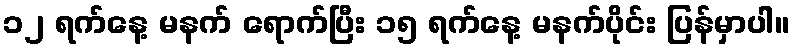
၁၂ ရက်နေ့ မနက် ရောက်ပြီး ၁၅ ရက်နေ့ မနက်ပိုင်း ပြန်မှာပါ။